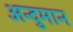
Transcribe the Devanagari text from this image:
अन्दुमान